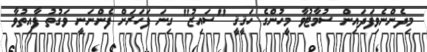
މިދެންނެވިފަދައިން ސުމާޓުވާ މީހުންގެ ހަޤީޤީ "ސައިޒު" ގިނަ ފަހަރަށް ފެންނަނީ ވަގުތު ފާއިތުވާ